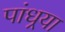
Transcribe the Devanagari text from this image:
पांधर्‍या